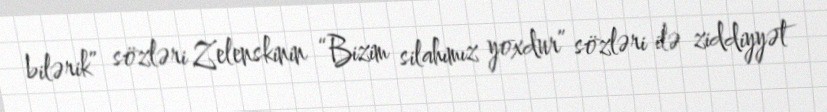
bilərik” sözləri Zelenskinin “Bizim silahımız yoxdur” sözləri ilə ziddiyyət